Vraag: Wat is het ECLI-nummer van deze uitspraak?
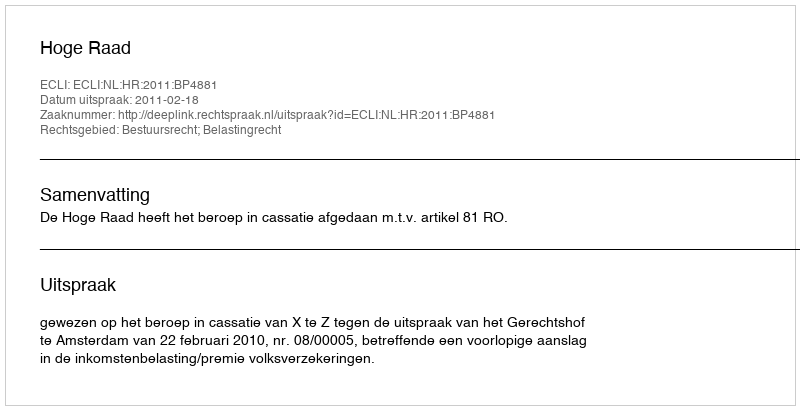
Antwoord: ECLI:NL:HR:2011:BP4881